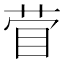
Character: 𰥞